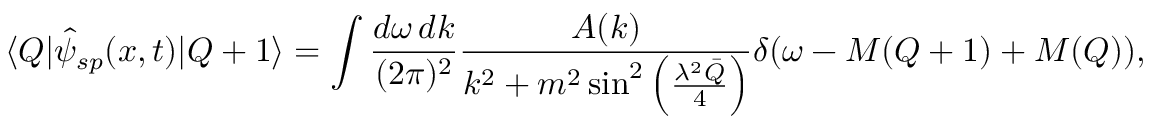
\langle Q | \hat { \psi } _ { s p } ( x , t ) | Q + 1 \rangle = \int \frac { d \omega \, d k } { ( 2 \pi ) ^ { 2 } } \frac { { \cal A } ( k ) } { k ^ { 2 } + m ^ { 2 } \sin ^ { 2 } \left( \frac { \lambda ^ { 2 } \bar { Q } } { 4 } \right) } \delta ( \omega - M ( Q + 1 ) + M ( Q ) ) ,